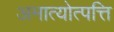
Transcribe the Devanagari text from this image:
अमात्योत्पत्ति